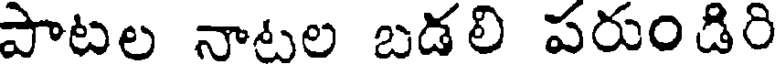
పాటల నాటల బడలి పరుండిరి